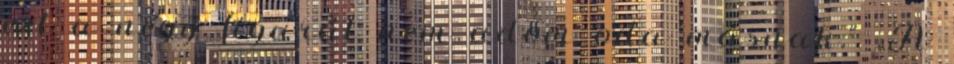
ezt a négy figurát nem adom oda másnak.” „A